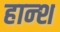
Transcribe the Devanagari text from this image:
हान्श